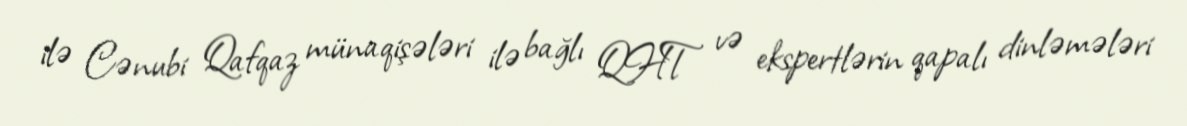
ilə Cənubi Qafqaz münaqişələri ilə bağlı QHT və ekspertlərin qapalı dinləmələri